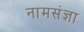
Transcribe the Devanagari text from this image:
नामसंज्ञा